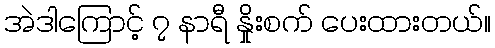
အဲဒါကြောင့် ၇ နာရီ နှိုးစက် ပေးထားတယ်။